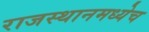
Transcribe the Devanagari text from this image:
राजस्थानमध्येच